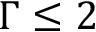
\Gamma \le 2